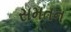
સમતન